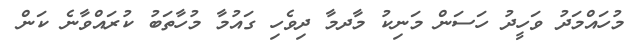
މުހައްމަދު ވަހީދު ހަސަން މަނިކު މާދމާ ދިވެހި ގައުމާ މުހާތަބު ކުރައްވާނެ ކަން